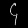
Digit: ၄